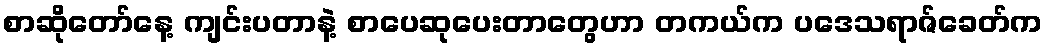
စာဆိုတော်နေ့ ကျင်းပတာနဲ့ စာပေဆုပေးတာတွေဟာ တကယ်က ပဒေသရာဇ်ခေတ်က